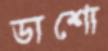
ডাশো